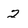
Character: 2